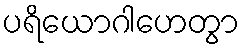
ပရိယောဂါဟေတွာ